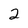
Character: 2